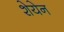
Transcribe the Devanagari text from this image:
शेयेन